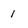
Character: 1